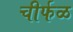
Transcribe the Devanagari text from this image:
चीर्फळ